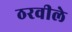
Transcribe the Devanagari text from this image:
ठरवीले